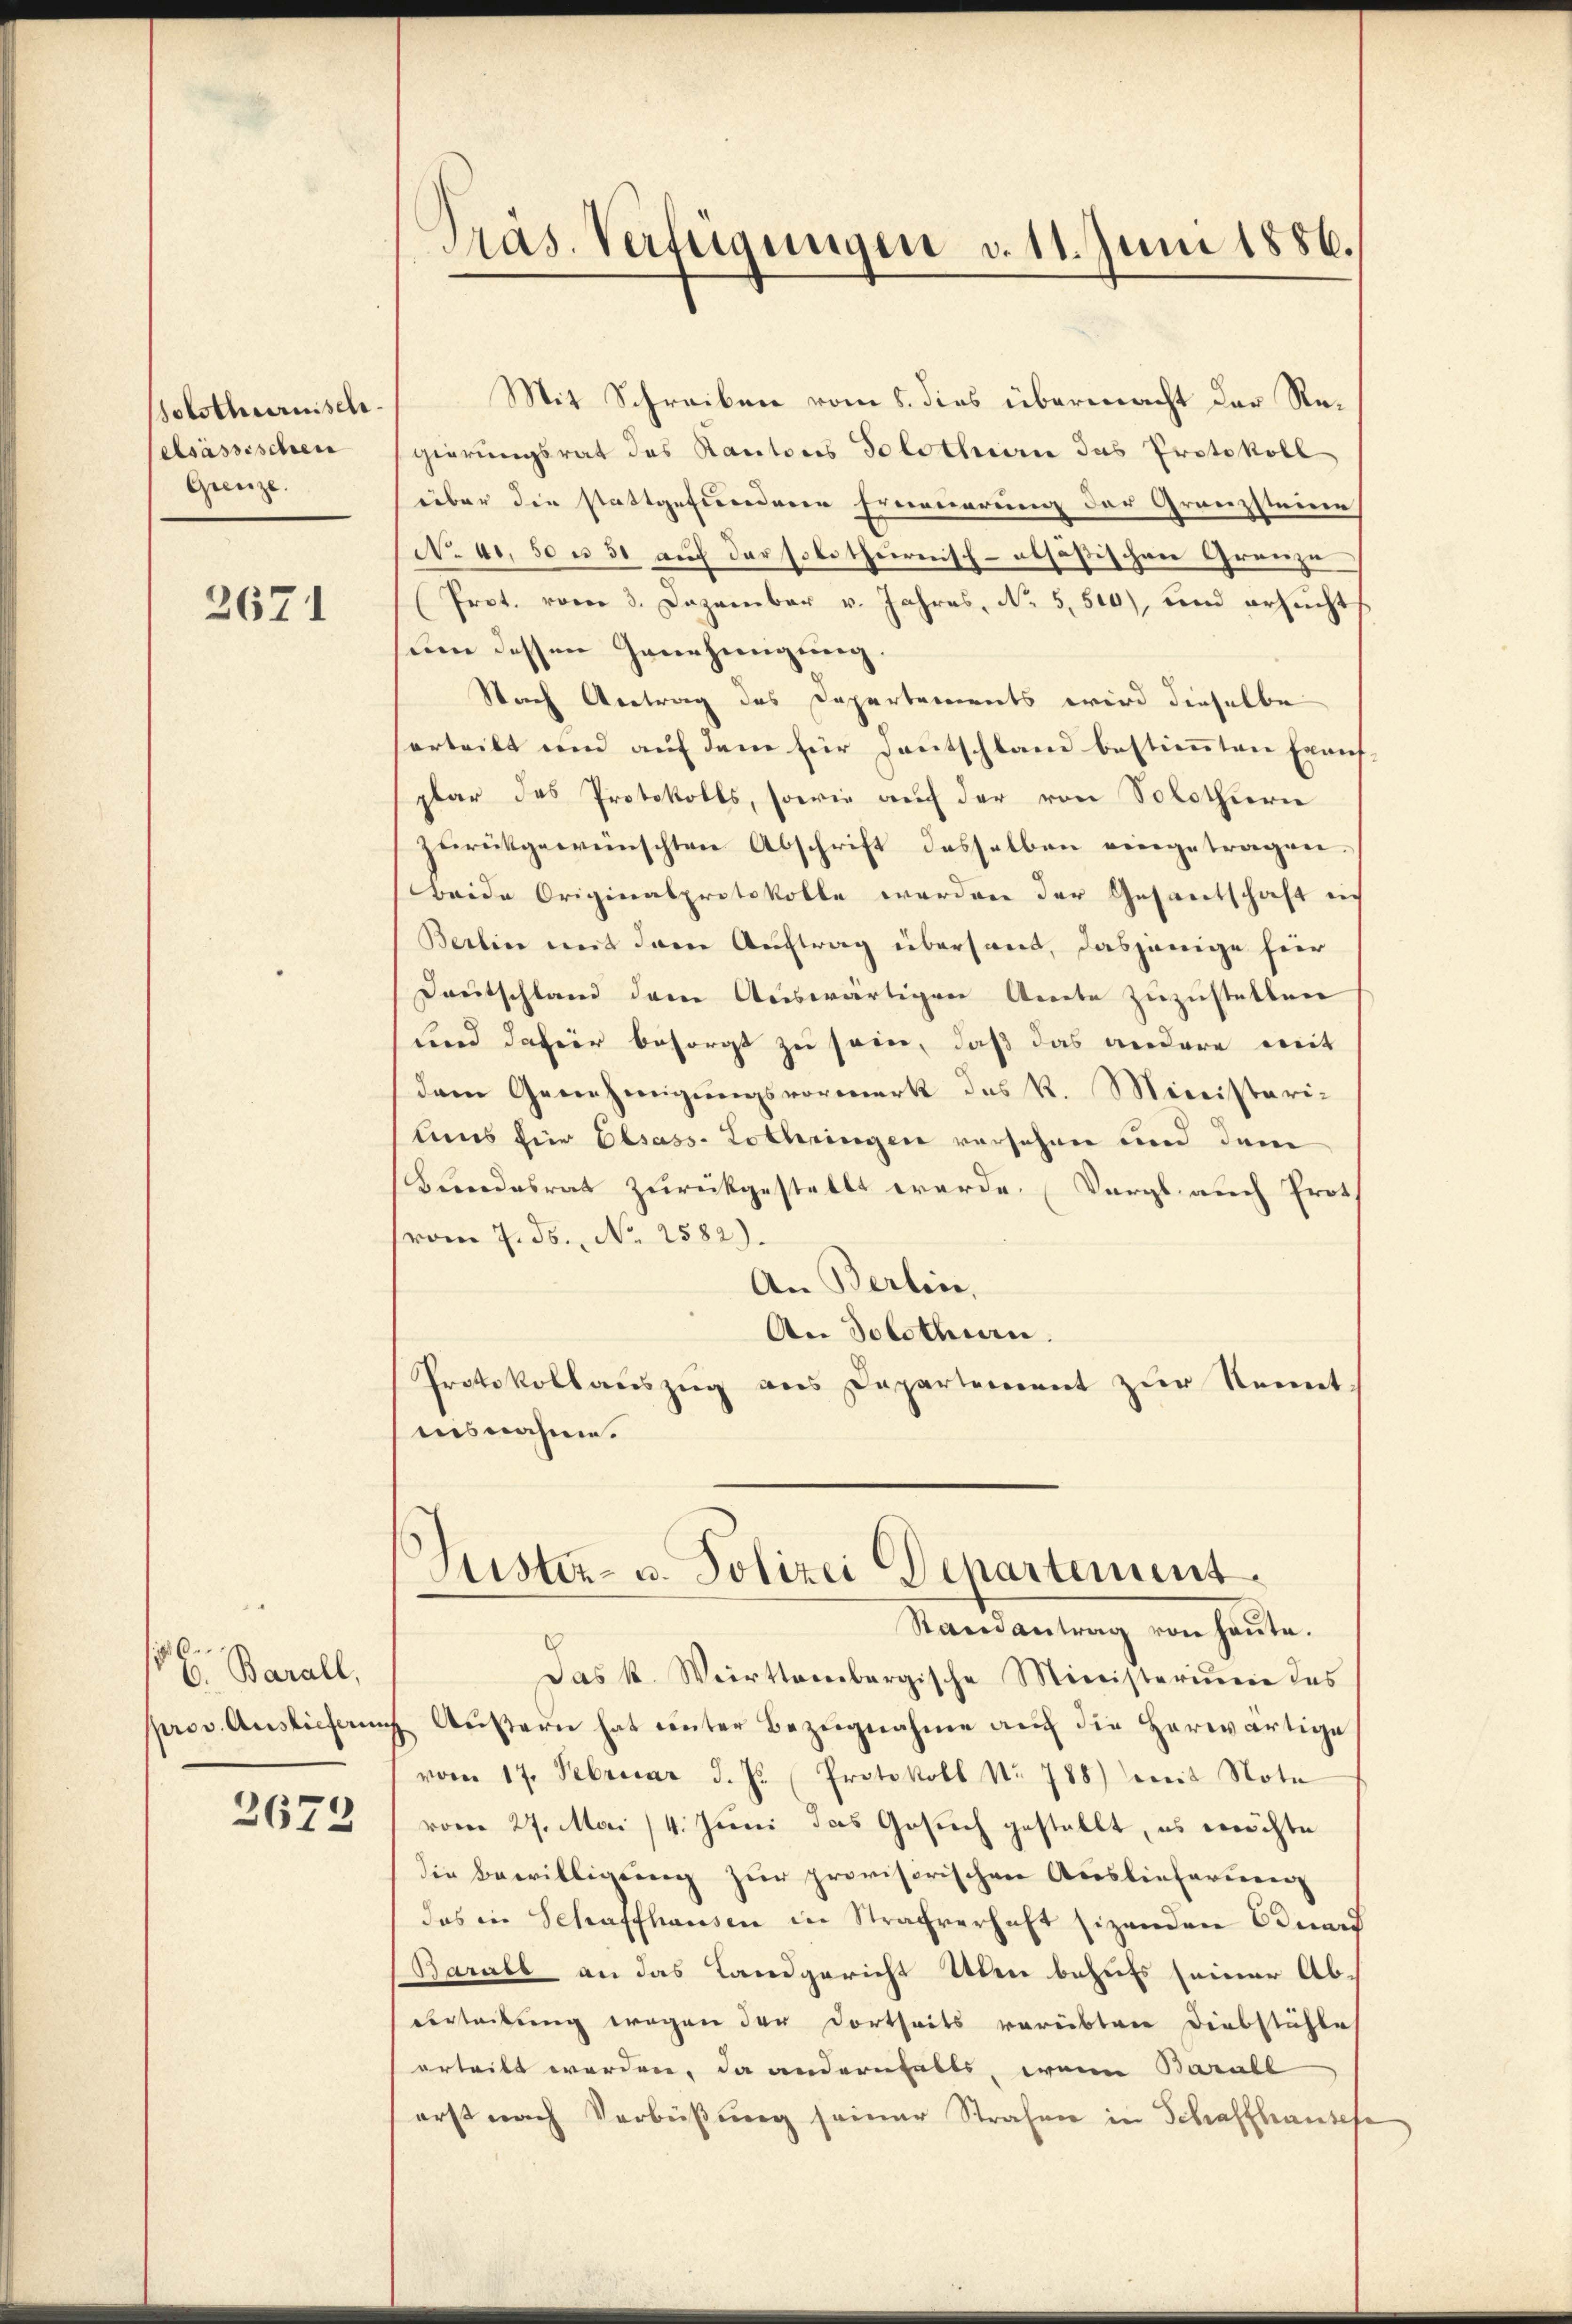
Holsthurnisch
elsässischen
Grenze.

2671

6: Barall,

2672

Präs. Verfügungen v. 11. Juni 1886.

Mit Schreiben vom 5. dies übermacht der Regierungsrat des Kantons Solothurn das Protokoll
über die stattgefundene Ernennerung der Granzsteine
No. 40. 50 u 30 auf der solothurnisch-alsößischen Grenze
(Prot. vom 3. Dezember v. Jahres, No 5,500), und ersucht
sum dessen Genehmigung.
Nach Antrag des Departements wird dieselbe
erteilt und auf dem für Deutschland bestimmten Exant-
plar das Protokolls, sowie auf der von Solothurn
zurückgewünschten Abschrift desselben eingetragen.
beide Originalprotokolle werden der Gesantschaft in
Berlin mit dem Auftrag übersant, dasjenige für
Deutschland dem Auswärtigen Arrete zuzustellen
Kind dahier besorgt zu sein, daß das andere mit
dam Genehmigŭngsvormerk das R. Ministeri-
tuns für Elsass-Lothringen versehen und dem
Bundesrat zurückgestellt werde. (Vergl. auch Prot
(vom 7. ds., No 2582).
An Berlin,
An Solothurn.
Protokollauszug aus Departement zur Kennt.
nisnahme.
Justiz- u. Polizei Departement.
Stainantrag von heute.
c
Das k. Weirttembergische Ministerium des
prov. Auslieferung Aŭβern hat unter Bezŭgnahme aŭf die herwärtige
vom 17. Februar d. Js. (Protokoll No 788) weit Note
vom 27. Mai /4. Juni das Gesich gestellt, es möchte
die Bewilligung zur provisorischen Ausliefernen
das in Schaffhausen in Strafverhaft sizenden Odurf
Barall an das Landgericht Uber behufs seiner Ab¬
Vertribung wegen der dortheits verübten Diebstühle
erteilt werden, da andernfalls, wenn Barabl
erst nach Verbüßung seiner Strafen in Schaffhausese